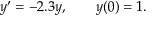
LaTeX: y ^ { \prime } = - 2 . 3 y , \qquad y ( 0 ) = 1 .